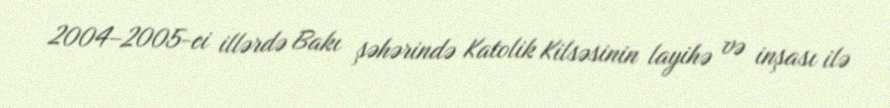
2004–2005-ci illərdə Bakı şəhərində Katolik Kilsəsinin layihə və inşası ilə